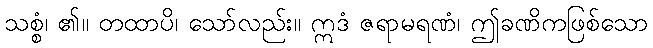
သစ္စံ၊ ၏။ တထာပိ၊ သော်လည်း။ ဣဒံ ဇရာမရဏံ၊ ဤခဏိကဖြစ်သော